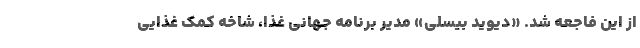
از این فاجعه شد. «دیوید بیسلی» مدیر برنامه جهانی غذا، شاخه کمک غذایی